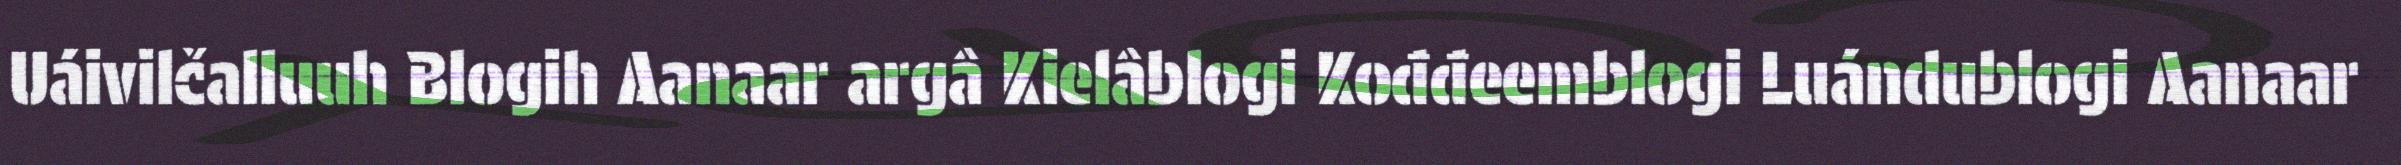
Uáivilčalluuh Blogih Aanaar argâ Kielâblogi Kođđeemblogi Luándublogi Aanaar